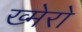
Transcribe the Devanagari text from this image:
ख्मेरो